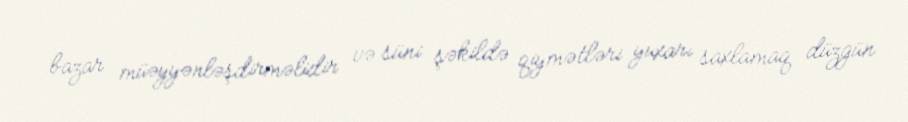
bazar müəyyənləşdirməlidir və süni şəkildə qiymətləri yuxarı saxlamaq düzgün